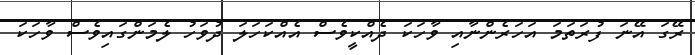
ރޭގަ އޭނަ ފުރަތަމަ އަހަރެންނާއި ވާހަކަ ދެއްކީވެސް އެއްކަހަލަ ދުވަހު ލެމަންގައިވެސް ވާހަކަ